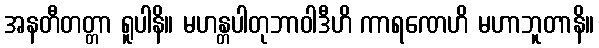
အနတီတတ္တာ ရူပါနိ။ မဟန္တပါတုဘာဝါဒီဟိ ကာရဏေဟိ မဟာဘူတာနိ။